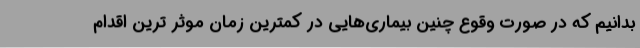
بدانیم که در صورت وقوع چنین بیماری‌هایی در کمترین زمان موثر ترین اقدام